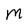
Character: M